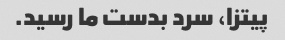
پیتزا، سرد بدست ما رسید.